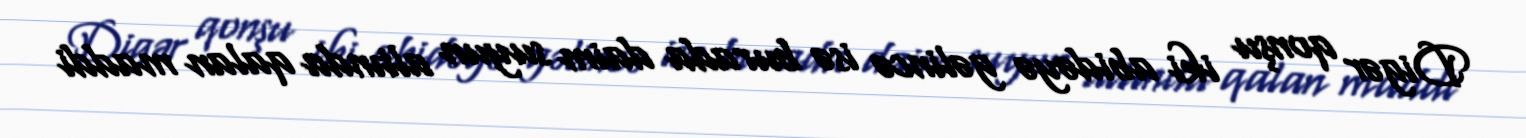
Digər qonşu iki abidəyə gəlincə isə burada daim suyun altında qalan maddi